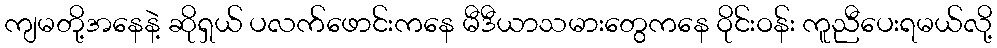
ကျမတို့အနေနဲ့ ဆိုရှယ် ပလက်ဖောင်းကနေ မီဒီယာသမားတွေကနေ ဝိုင်းဝန်း ကူညီပေးရမယ်လို့